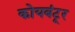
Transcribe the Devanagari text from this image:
कोयबंटूर